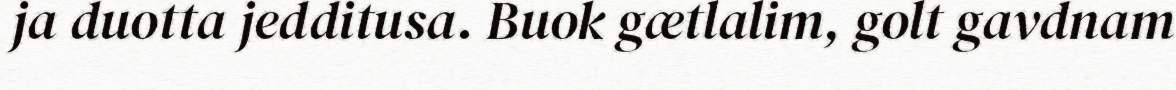
ja duotta jedditusa. Buok gætlalim, golt gavdnam